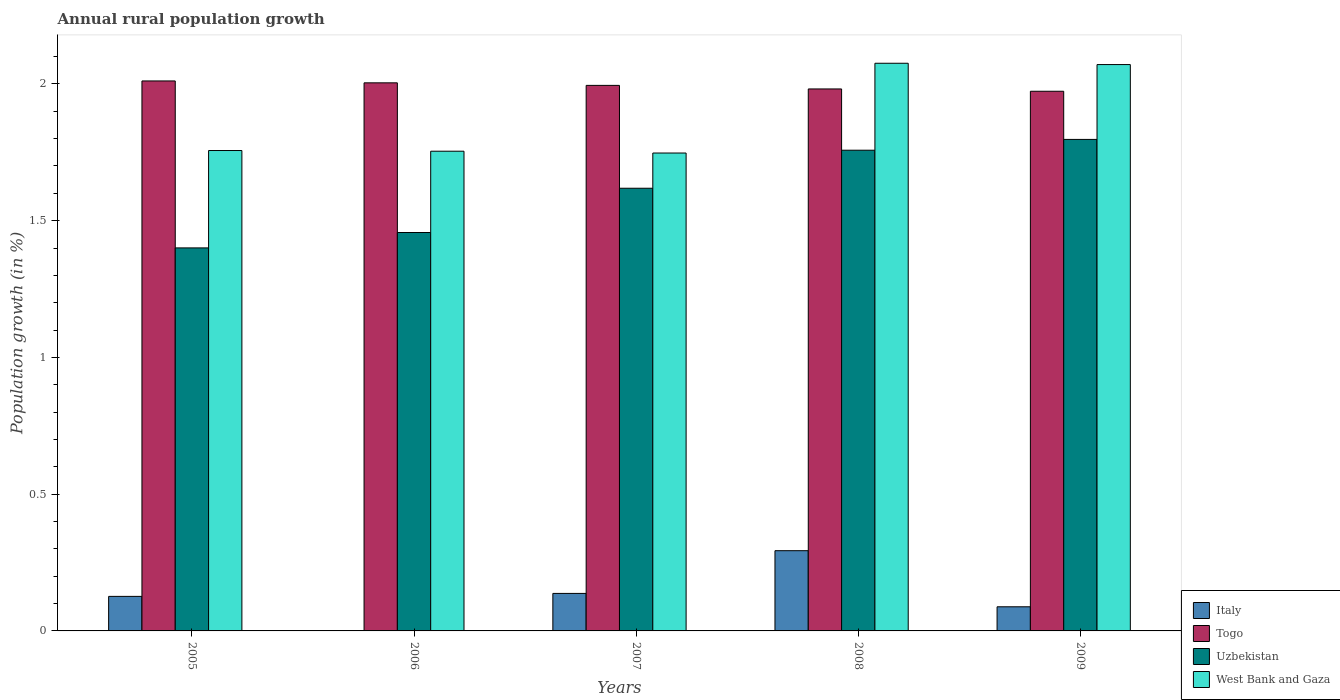
| Years | Italy | Togo | Uzbekistan | West Bank and Gaza |
 | --- | --- | --- | --- | --- |
 | 2005 | 0.126 | 2.01 | 1.4 | 1.76 |
 | 2006 | -0.0659 | 2 | 1.46 | 1.75 |
 | 2007 | 0.137 | 1.99 | 1.62 | 1.75 |
 | 2008 | 0.293 | 1.98 | 1.76 | 2.08 |
 | 2009 | 0.0883 | 1.97 | 1.8 | 2.07 |